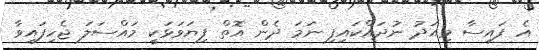
އެ ފައިސާ މިއަދު ނުދައްކައިފި ނަމަ ދެން އޮތް ފިޔަވަޅަކީ މައްސަލަ ޖެހިފައިވާ